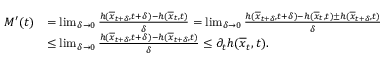
\begin{array} { r l } { M ^ { \prime } ( t ) } & { = \operatorname* { l i m } _ { \delta \rightarrow 0 } \frac { h ( \overline { { x } } _ { t + \delta } , t + \delta ) - h ( \overline { { x } } _ { t } , t ) } { \delta } = \operatorname* { l i m } _ { \delta \rightarrow 0 } \frac { h ( \overline { { x } } _ { t + \delta } , t + \delta ) - h ( \overline { { x } } _ { t } , t ) \pm h ( \overline { { x } } _ { t + \delta } , t ) } { \delta } } \\ & { \leq \operatorname* { l i m } _ { \delta \rightarrow 0 } \frac { h ( \overline { { x } } _ { t + \delta } , t + \delta ) - h ( \overline { { x } } _ { t + \delta } , t ) } { \delta } \leq \partial _ { t } h ( \overline { { x } } _ { t } , t ) . } \end{array}